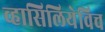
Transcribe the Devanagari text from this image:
व्हासिलियेविच